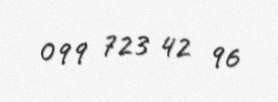
099 723 42 96